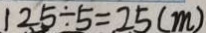
1 2 5 \div 5 = 2 5 ( m )